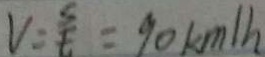
V = \frac { s } { t } = 9 0 k m / h